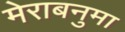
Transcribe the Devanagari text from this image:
मेराबनुमा